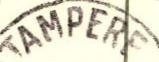
TAMPERE